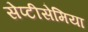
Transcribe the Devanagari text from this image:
सेप्टीसेमिया